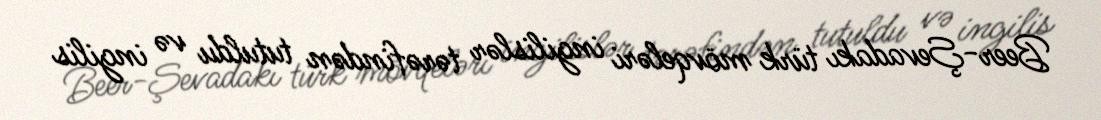
Beer-Şevadakı türk mövqeləri ingilislər tərəfindən tutuldu və ingilis